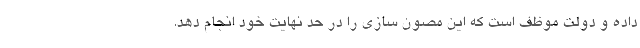
داده و دولت موظف است که این مصون سازی را در حد نهایت خود انجام دهد.